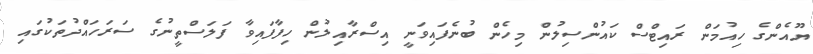
ޔޫއެންގެ ހިއުމަން ރައިޓްސް ކައުންސިލުން މިހެން ބުނެފައިވަނީ އިސްރާއިލުން ހިފާފައިވާ ފަލަސްތީނުގެ ސަރަހައްދުތަކުގައި